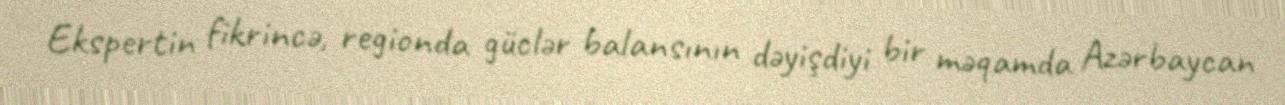
Ekspertin fikrincə, regionda güclər balansının dəyişdiyi bir məqamda Azərbaycan